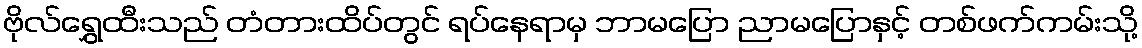
ဗိုလ်ရွှေထီးသည် တံတားထိပ်တွင် ရပ်နေရာမှ ဘာမပြော ညာမပြောနှင့် တစ်ဖက်ကမ်းသို့